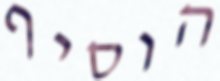
הוסיף